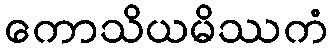
ကောသိယမိဿကံ